NAE_EAOK_eestikeelsed_sunnimeetrikad, lk 71
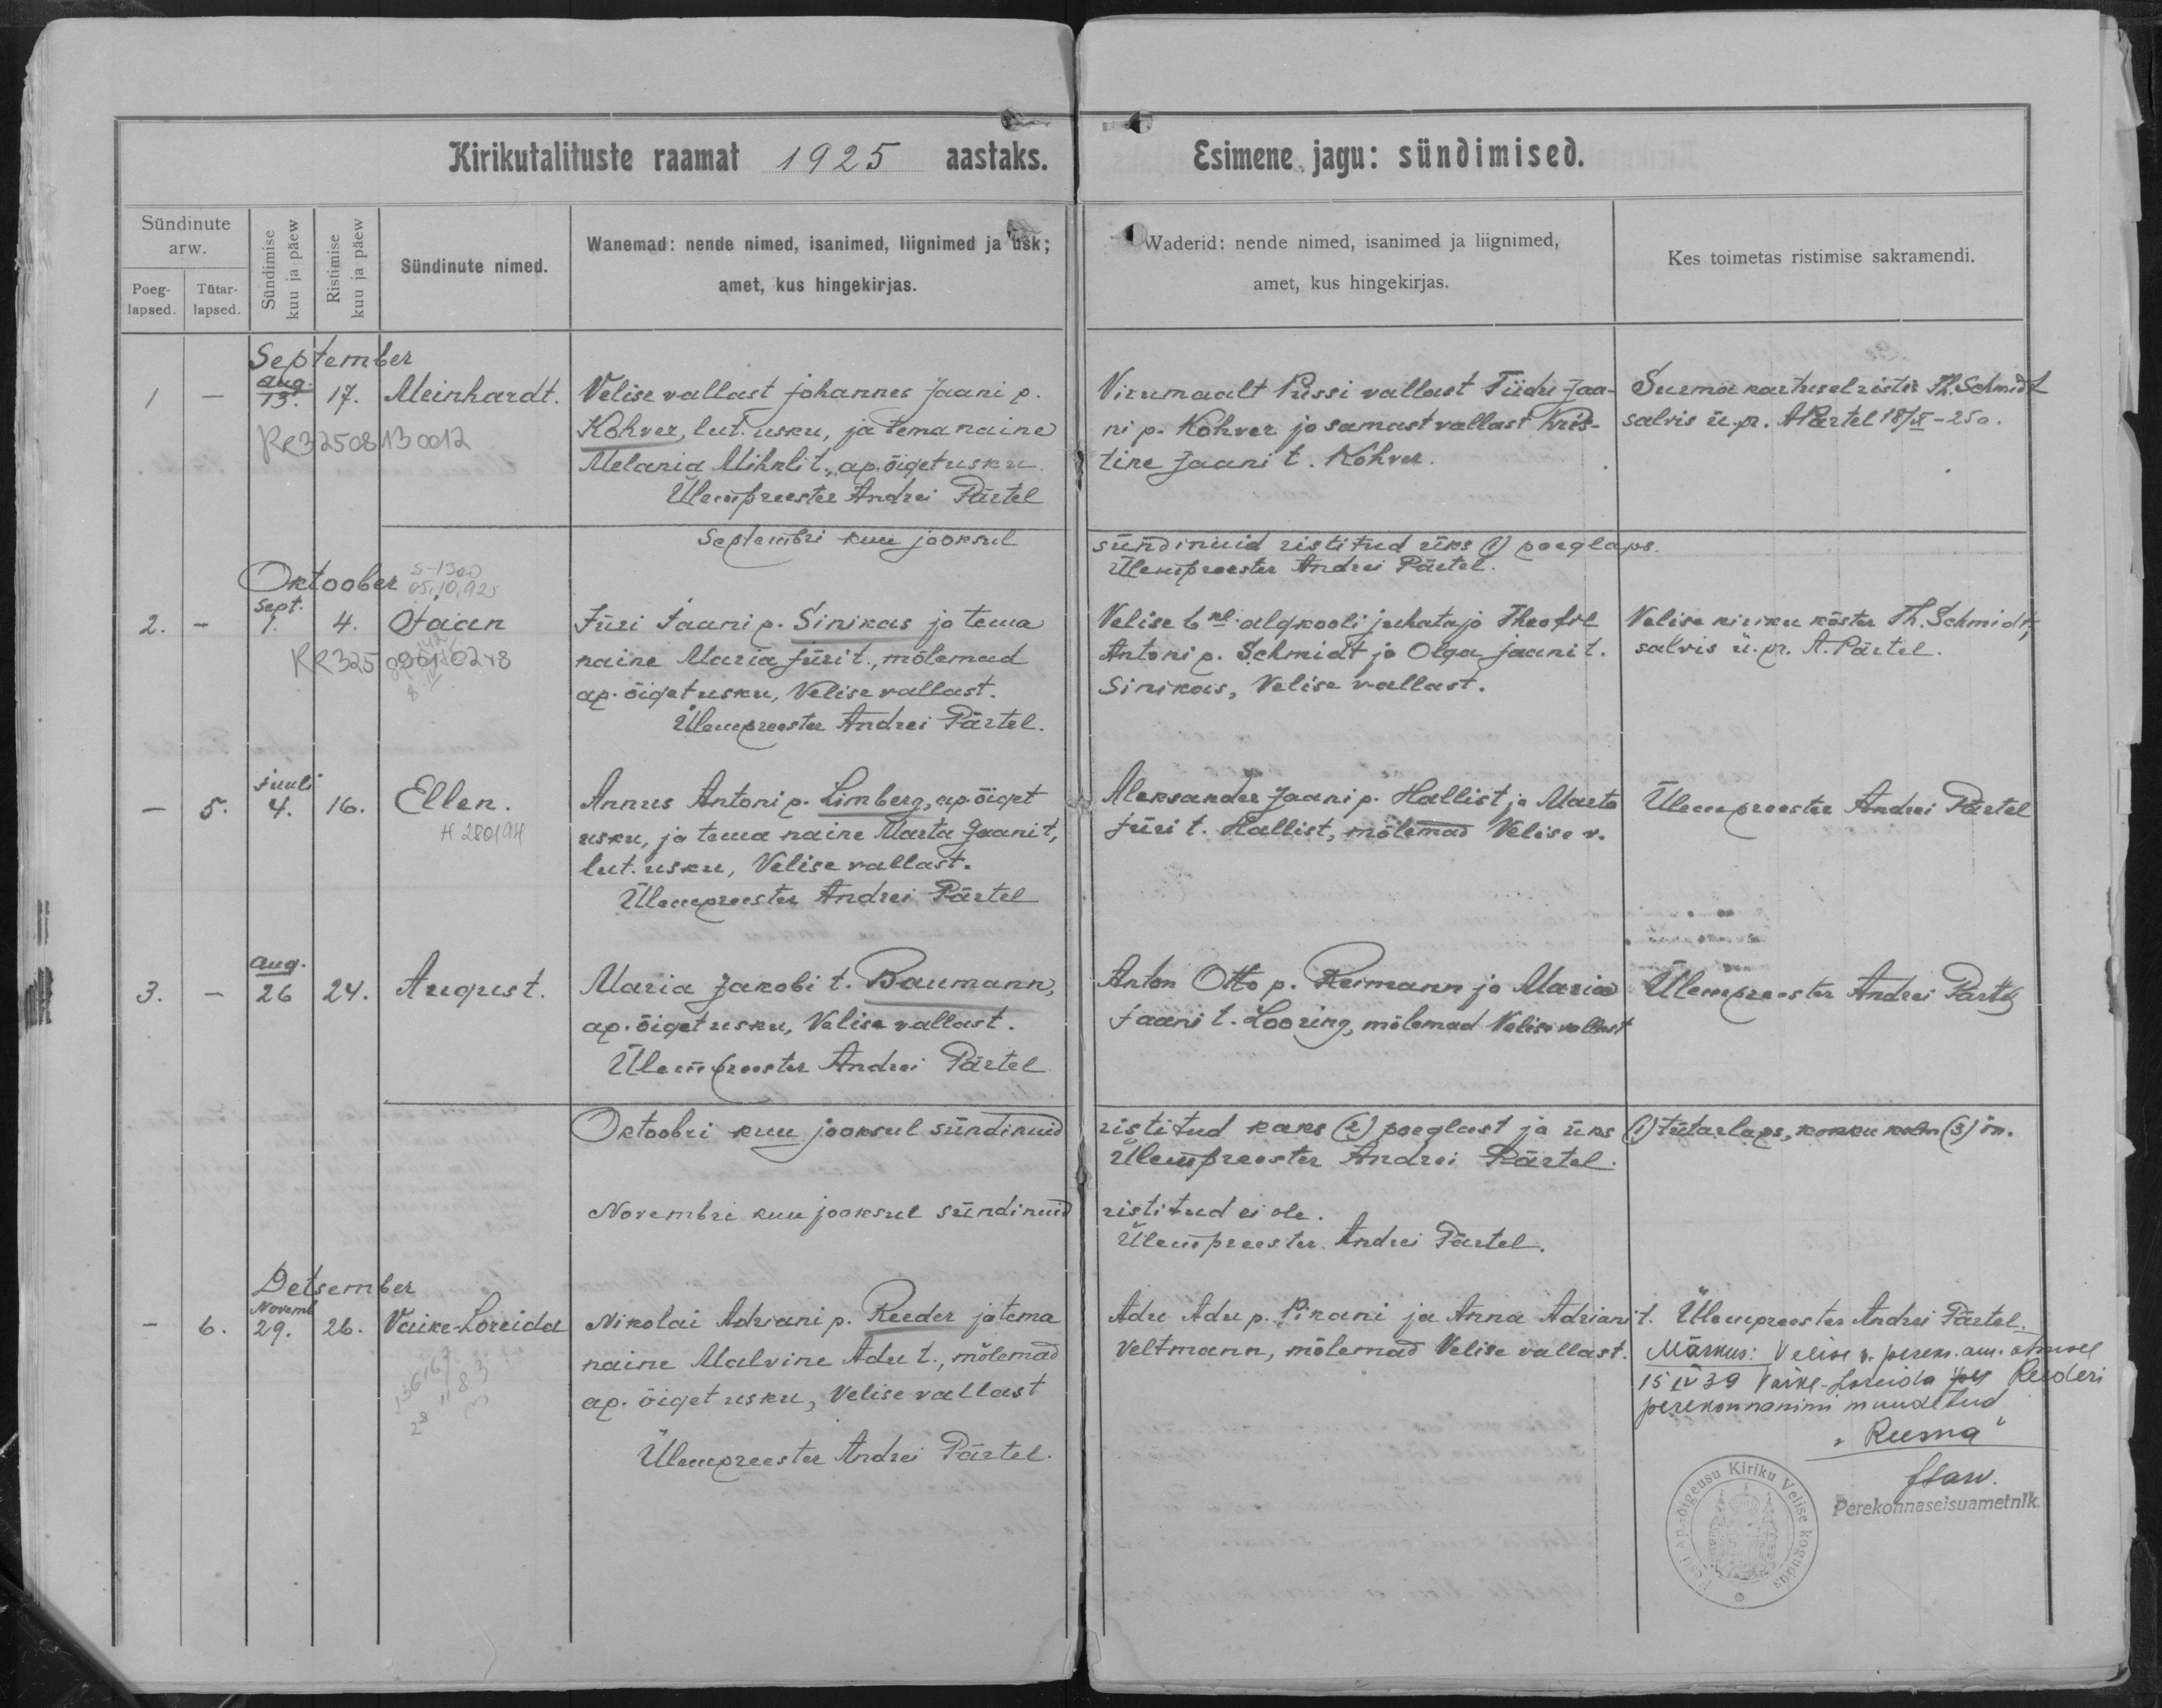
Meinhardt.

Jaan

Ellen.

August.

Vaike-Loreida.

Velise vallast Johannes Jaani p.
Kohver, lut. usku, ja tema naine
Melania Mihkli t., ap. õiget usku.

Jüri Jaani p. Sinikas ja tema
naine Maria Jüri t., mõlemad
ap. õiget usku, Velise vallast.

Annus Antoni p. Limberg, ap, õiget
usku, ja tema naine Marta Jaani t.
lut. usku, Velise vallast.

Maria Jakobi t. Baumann,
ap. õiget usku, Velise vallast.

Nikolai Adriani p. Reeder ja tema
naine Malvine Adu t., mõlemad
ap. õiget usku, Velise vallast.